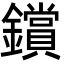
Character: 鑜